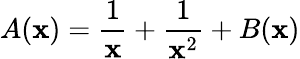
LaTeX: A(\mathbf{x})=\frac{{1}}{{\mathbf{x}}}+\frac{{1}}{{\mathbf{x}^{2}}}+B(\mathbf{x})